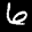
Label: 6